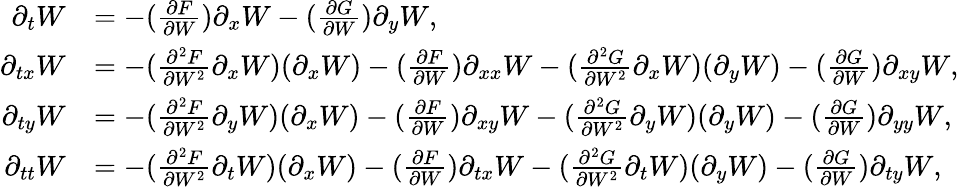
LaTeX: \begin{array}{rl}{\partial_{t}W}&{=-(\frac{\partial F}{\partial W})\partial_{x}W-(\frac{\partial G}{\partial W})\partial_{y}W,}\\ {\partial_{tx}W}&{=-(\frac{\partial^{2}F}{\partial W^{2}}\partial_{x}W)(\partial_{x}W)-(\frac{\partial F}{\partial W})\partial_{xx}W-(\frac{\partial^{2}G}{\partial W^{2}}\partial_{x}W)(\partial_{y}W)-(\frac{\partial G}{\partial W})\partial_{xy}W,}\\ {\partial_{ty}W}&{=-(\frac{\partial^{2}F}{\partial W^{2}}\partial_{y}W)(\partial_{x}W)-(\frac{\partial F}{\partial W})\partial_{xy}W-(\frac{\partial^{2}G}{\partial W^{2}}\partial_{y}W)(\partial_{y}W)-(\frac{\partial G}{\partial W})\partial_{yy}W,}\\ {\partial_{tt}W}&{=-(\frac{\partial^{2}F}{\partial W^{2}}\partial_{t}W)(\partial_{x}W)-(\frac{\partial F}{\partial W})\partial_{tx}W-(\frac{\partial^{2}G}{\partial W^{2}}\partial_{t}W)(\partial_{y}W)-(\frac{\partial G}{\partial W})\partial_{ty}W,}\end{array}